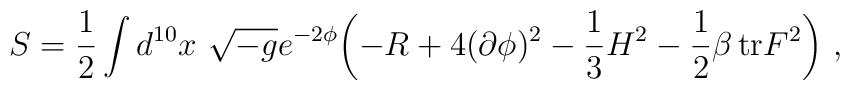
S={1\over 2}\int d^{10}x\ \sqrt {-g}e^{-2\phi}\biggl (-R+4(\partial\phi)^2-{1\over 3}H^2-{1\over 2}\beta\, {\rm tr} F^2\biggr )\ ,